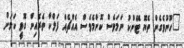
"ހޫނުވެގެން ތެޔޮ ޓޭންކު ނަމަވެސް ކޮންމެވެސް އެއްޗެއް ފަލްކާ ތެރެއިން ގޮވީ ކަމަށް